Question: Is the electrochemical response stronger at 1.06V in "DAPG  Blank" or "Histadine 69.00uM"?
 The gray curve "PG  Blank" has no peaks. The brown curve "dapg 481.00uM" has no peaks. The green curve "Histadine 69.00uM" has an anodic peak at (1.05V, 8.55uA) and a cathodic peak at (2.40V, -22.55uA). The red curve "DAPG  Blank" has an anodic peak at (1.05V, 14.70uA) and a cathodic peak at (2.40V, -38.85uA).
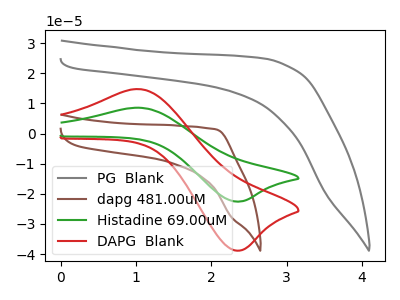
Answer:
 <answer>The peak at 1.06V is higher in "DAPG  Blank" than in "Histadine 69.00uM".</answer>
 <eval>higher</eval>